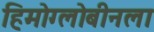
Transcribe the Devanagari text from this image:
हिमोग्लोबीनला